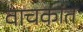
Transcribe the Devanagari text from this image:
वाचकांत